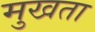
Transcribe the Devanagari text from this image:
मुखता